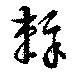
辣